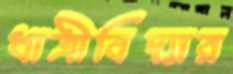
ধাত্রীবিদ্যার